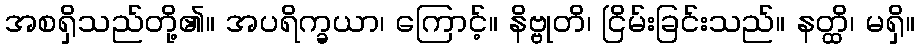
အစရှိသည်တို့၏။ အပရိက္ခယာ၊ ကြောင့်။ နိဗ္ဗုတိ၊ ငြိမ်းခြင်းသည်။ နတ္ထိ၊ မရှိ။